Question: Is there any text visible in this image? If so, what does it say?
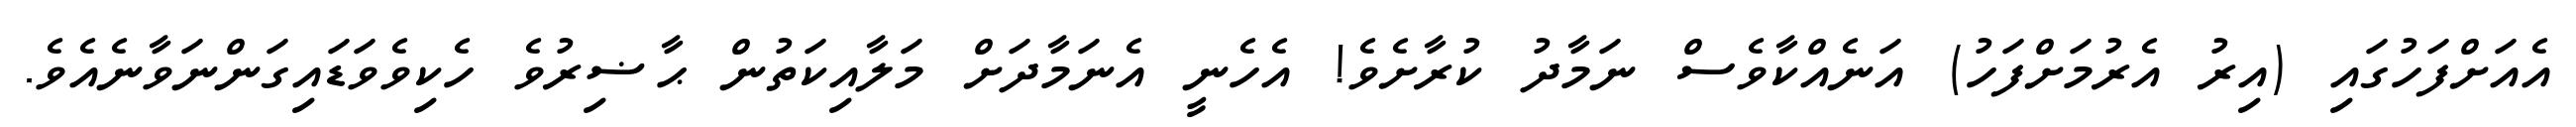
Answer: އެއަށްފަހުގައި (އިރު އެރުމަށްފަހު) އަނެއްކާވެސް ނަމާދު ކުރާށެވެ! އެހެނީ އެނަމާދަށް މަލާއިކަތުން ޙާޟިރުވެ ހެކިވެވަޑައިގަންނަވާނެއެވެ.